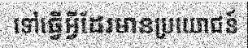
ទៅធ្វើអ្វីដែរមានប្រយោជន៍